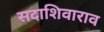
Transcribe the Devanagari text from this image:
सदाशिवाराव